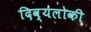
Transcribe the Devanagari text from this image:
दिव्यलोकी